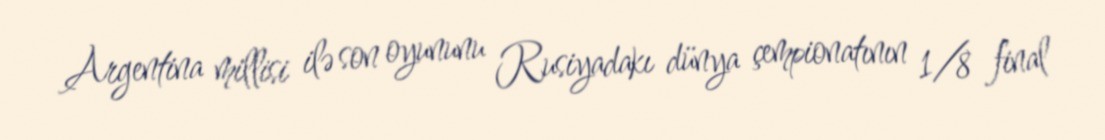
Argentina millisi ilə son oyununu Rusiyadakı dünya çempionatının 1/8 final